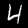
Label: 4